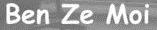
Ben Ze Moi